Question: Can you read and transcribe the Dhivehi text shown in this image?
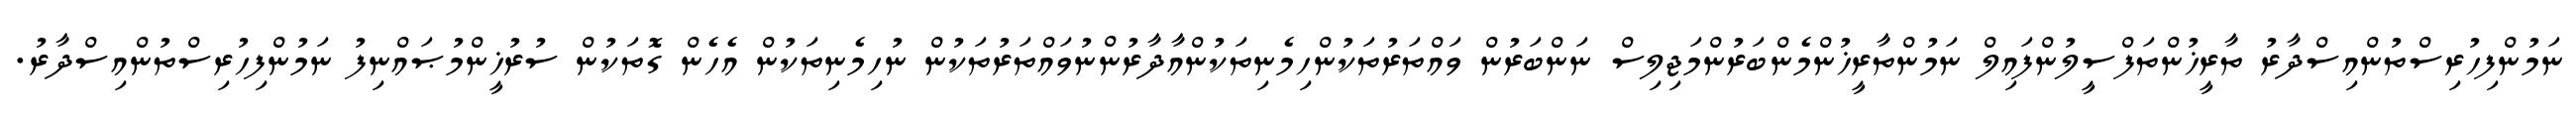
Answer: ނަމުންފިހުރިސްތުންއިސްދާރު ތާރީޚުންތަފްސީލުންފައިލް ނަމުންތާރީޚުންމެންބަރުންމަޖިލިސް ނަންބަރުން ވައްތަރުތަކުންހިމެނިތަކުންއާދާރުންނުވައްތަރުތަކުން ނުހިމެނިތަކުން އެހެން ގޮތަކުން ސުރުޚީންމުޞައްނިފު ނަމުންފިހުރިސްތުންއިސްދާރު.